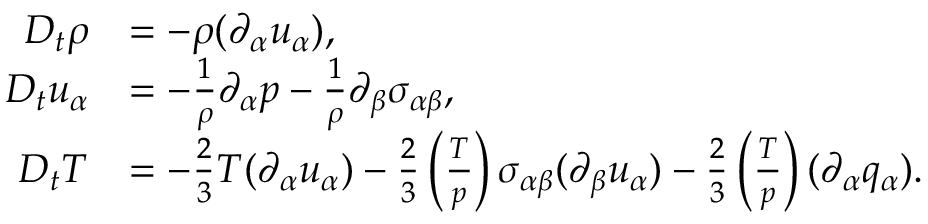
\begin{array} { r l } { D _ { t } \rho } & { = - \rho ( \partial _ { \alpha } u _ { \alpha } ) , } \\ { D _ { t } u _ { \alpha } } & { = - \frac { 1 } { \rho } \partial _ { \alpha } p - \frac { 1 } { \rho } \partial _ { \beta } { \sigma } _ { \alpha \beta } , } \\ { D _ { t } T } & { = - \frac { 2 } { 3 } T ( \partial _ { \alpha } u _ { \alpha } ) - \frac { 2 } { 3 } \left( \frac { T } { p } \right) \sigma _ { \alpha \beta } ( \partial _ { \beta } u _ { \alpha } ) - \frac { 2 } { 3 } \left( \frac { T } { p } \right) ( \partial _ { \alpha } q _ { \alpha } ) . } \end{array}